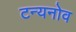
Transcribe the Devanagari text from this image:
टन्यनोव